Statistics compiled by the Government of India from the reports of provincial Civil Veterinary Departments
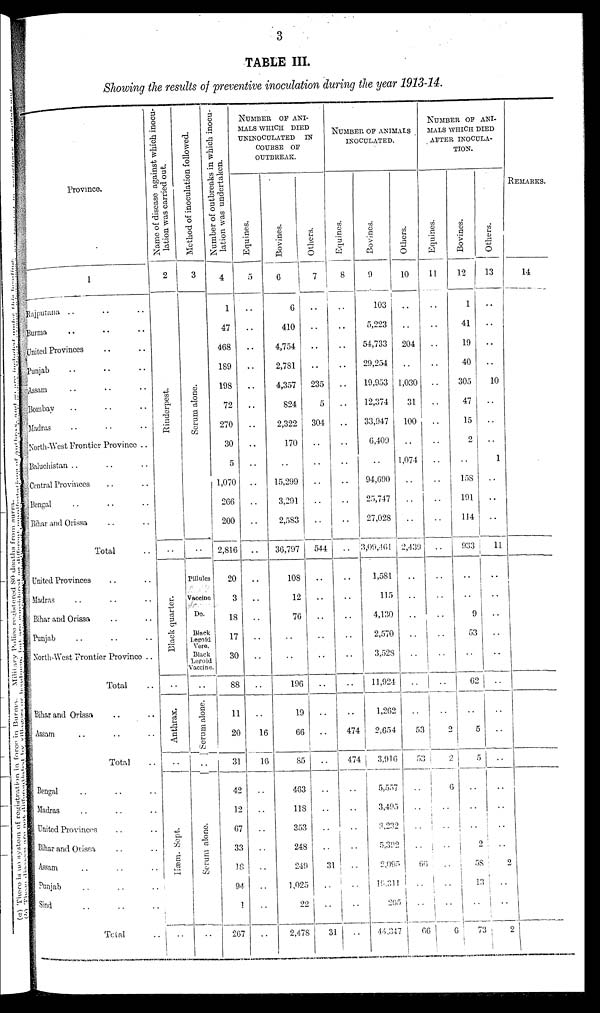
3
TABLE III.
Showing the results of preventive inoculation during the year 1913-14.
Province.
1
Rajpurana .. .. ..
Burma .. .. ..
United Provinces .. ..
Punjab .. .. ..
Assam .. .. ..
Bombay .. .. ..
Madras .. .. ..
North-West Frontier Province ..
Baluchistan .. .. ..
Central Provinces .. ..
Bengal .. .. ..
Bihar and Orissa .. ..
Total ..
United Provinces .. ..
Madras .. .. ..
Bihar and Orissa .. ..
Punjab .. .. ..
North-West Frontier Province ..
Total ..
Bihar and Orissa .. ..
Assam .. .. ..
Total ..
Bengal .. .. ..
Madras .. .. ..
United Provinces .. ..
Bihar and Ovissa .. ..
Assam .. .. ..
Punjab .. .. ..
Sind .. .. ..
Total ..
Name of disease against which inocu-
lation was carried out.
2
Ri nder pes t
.
..
Bl ack quarter.
..
Anthrax.
..
Hæm. Sept .
..
Method of inoculation followed.
3
Se r
um a l
one .
..
Pillules
Vacoine
Do.
Black
Legoid
Vere.
Black
Logoid
Vaccine.
..
Serum alone.
..
Se r
um a l
one .
..
Number of outbreaks in which inocu-
lation was undertaken.
4
1
47
468
189
198
72
270
30
5
1,070
266
200
2,816
20
3
18
17
30
88
11
20
31
42
12
67
33
18
94
1
267
NUMBER OF ANI¬
MALS WHICH DIED
UNINOCULATED IN
COURSE OF
OUTBREAK.
Equines.
5
..
..
..
..
..
..
..
..
..
..
..
..
..
..
..
..
..
..
..
..
16
16
..
..
..
..
..
..
..
..
Bovines.
6
6
410
4,754
2,781
4,357
824
2,322
170
..
15,299
3,291
2,583
36,797
108
12
76
..
..
196
19
66
85
463
118
353
248
249
1,025
22
2,478
Others.
7
..
..
..
..
235
5
304
..
..
..
..
..
544
..
..
..
..
..
..
..
..
..
..
..
..
..
31
..
..
31
NUMBER OF
ANIMALS INOCULATED.
Equines.
8
..
..
..
..
..
..
..
..
..
..
..
..
..
..
..
..
..
..
..
..
474
474
..
..
..
..
..
..
..
..
Bovines.
9
103
5,223
54,733
29,254
19,953
12,374
33,947
6,409
..
94,690
25,747
27,028
3,09,461
1,581
115
4,130
2,570
3,528
11,924
1,262
2,654
3,916
5,557
3,495
3,232
5,392
2,095
19,311
265
44,347
Others.
10
..
..
204
..
1,030
31
100
..
1,074
..
..
..
2,439
..
..
..
..
..
..
..
53
53
..
..
..
..
66
..
..
66
NUMBER OF ANI¬
MALS INOCULA-
TION.
Equines.
11
..
..
..
..
..
..
..
..
..
..
..
..
..
..
..
..
..
..
62
..
2
2
6
..
..
..
..
..
..
6
Bovines.
12
1
41
19
40
305
47
15
2
..
158
191
114
933
..
..
9
53
..
62
..
5
5
..
..
..
2
58
13
..
73
Others.
13
..
..
..
..
10
..
..
..
1
..
..
..
11
..
..
..
..
..
..
..
..
..
..
..
..
..
2
..
..
2
REMARKS.
14